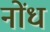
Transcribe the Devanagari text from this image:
नोंध